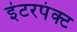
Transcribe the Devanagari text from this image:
इंटरपंक्ट